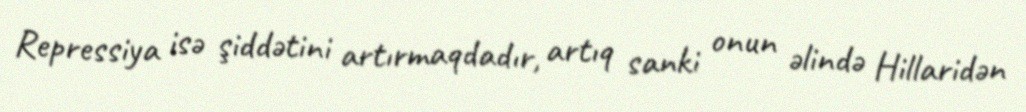
Repressiya isə şiddətini artırmaqdadır, artıq sanki onun əlində Hillaridən